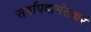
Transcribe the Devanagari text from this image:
सर्वापदामंतकरं